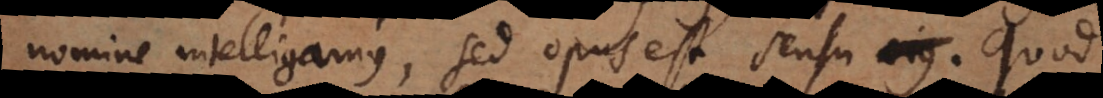
nomine intelligamus, sed opus est sensu. Quod